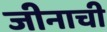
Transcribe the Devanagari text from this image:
जीनाची